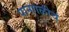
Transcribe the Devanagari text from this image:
पानगळीचं